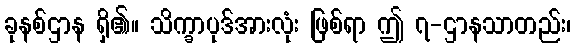
ခုနစ်ဌာန ရှိ၏။ သိက္ခာပုဒ်အားလုံး ဖြစ်ရာ ဤ ၇-ဌာနသာတည်း၊